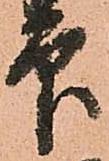
印